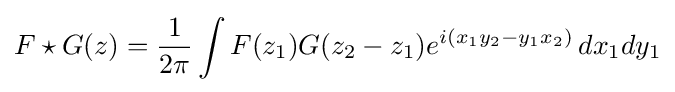
F\star G(z)={1 \over 2\pi }\int F(z_{1})G(z_{2}-z_{1})e^{i(x_{1}y_{2}-y_{1}x_{2})}\,dx_{1}dy_{1}